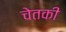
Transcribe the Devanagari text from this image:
चेतकी